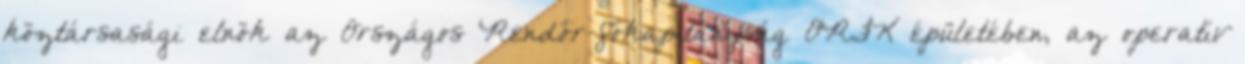
köztársasági elnök az Országos Rendőr-főkapitányság ORFK épületében, az operatív